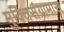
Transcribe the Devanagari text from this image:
मुक्तिसंग्रामास